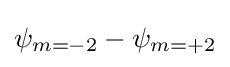
\psi _{m=-2}-\psi _{m=+2}